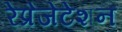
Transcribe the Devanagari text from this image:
रेप्रेजेंटेशन